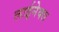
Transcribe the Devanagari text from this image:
लाईनेक्स